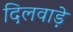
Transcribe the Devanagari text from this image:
दिलवाड़े